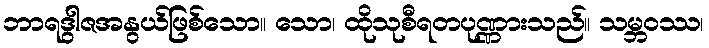
ဘာရဒွါဇအနွယ်ဖြစ်သော။ သော၊ ထိုသုစီရတပုဏ္ဏားသည်။ သမ္ဘဝဿ၊